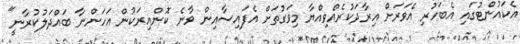
އެކައުންޓުގައި އެބަހުރި އެވަރަށް އިރާދަކުރެއްވިއްޔާ މިވަގުތަށް އެފައިސާއިން ވާނެ ކޮންއިރަކުން އަހަންނާ ބައްދަލުކުރާނީ"